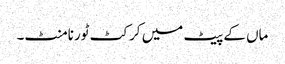
ماں کے پیٹ میں کرکٹ ٹورنامنٹ۔